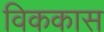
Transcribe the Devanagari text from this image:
विककास